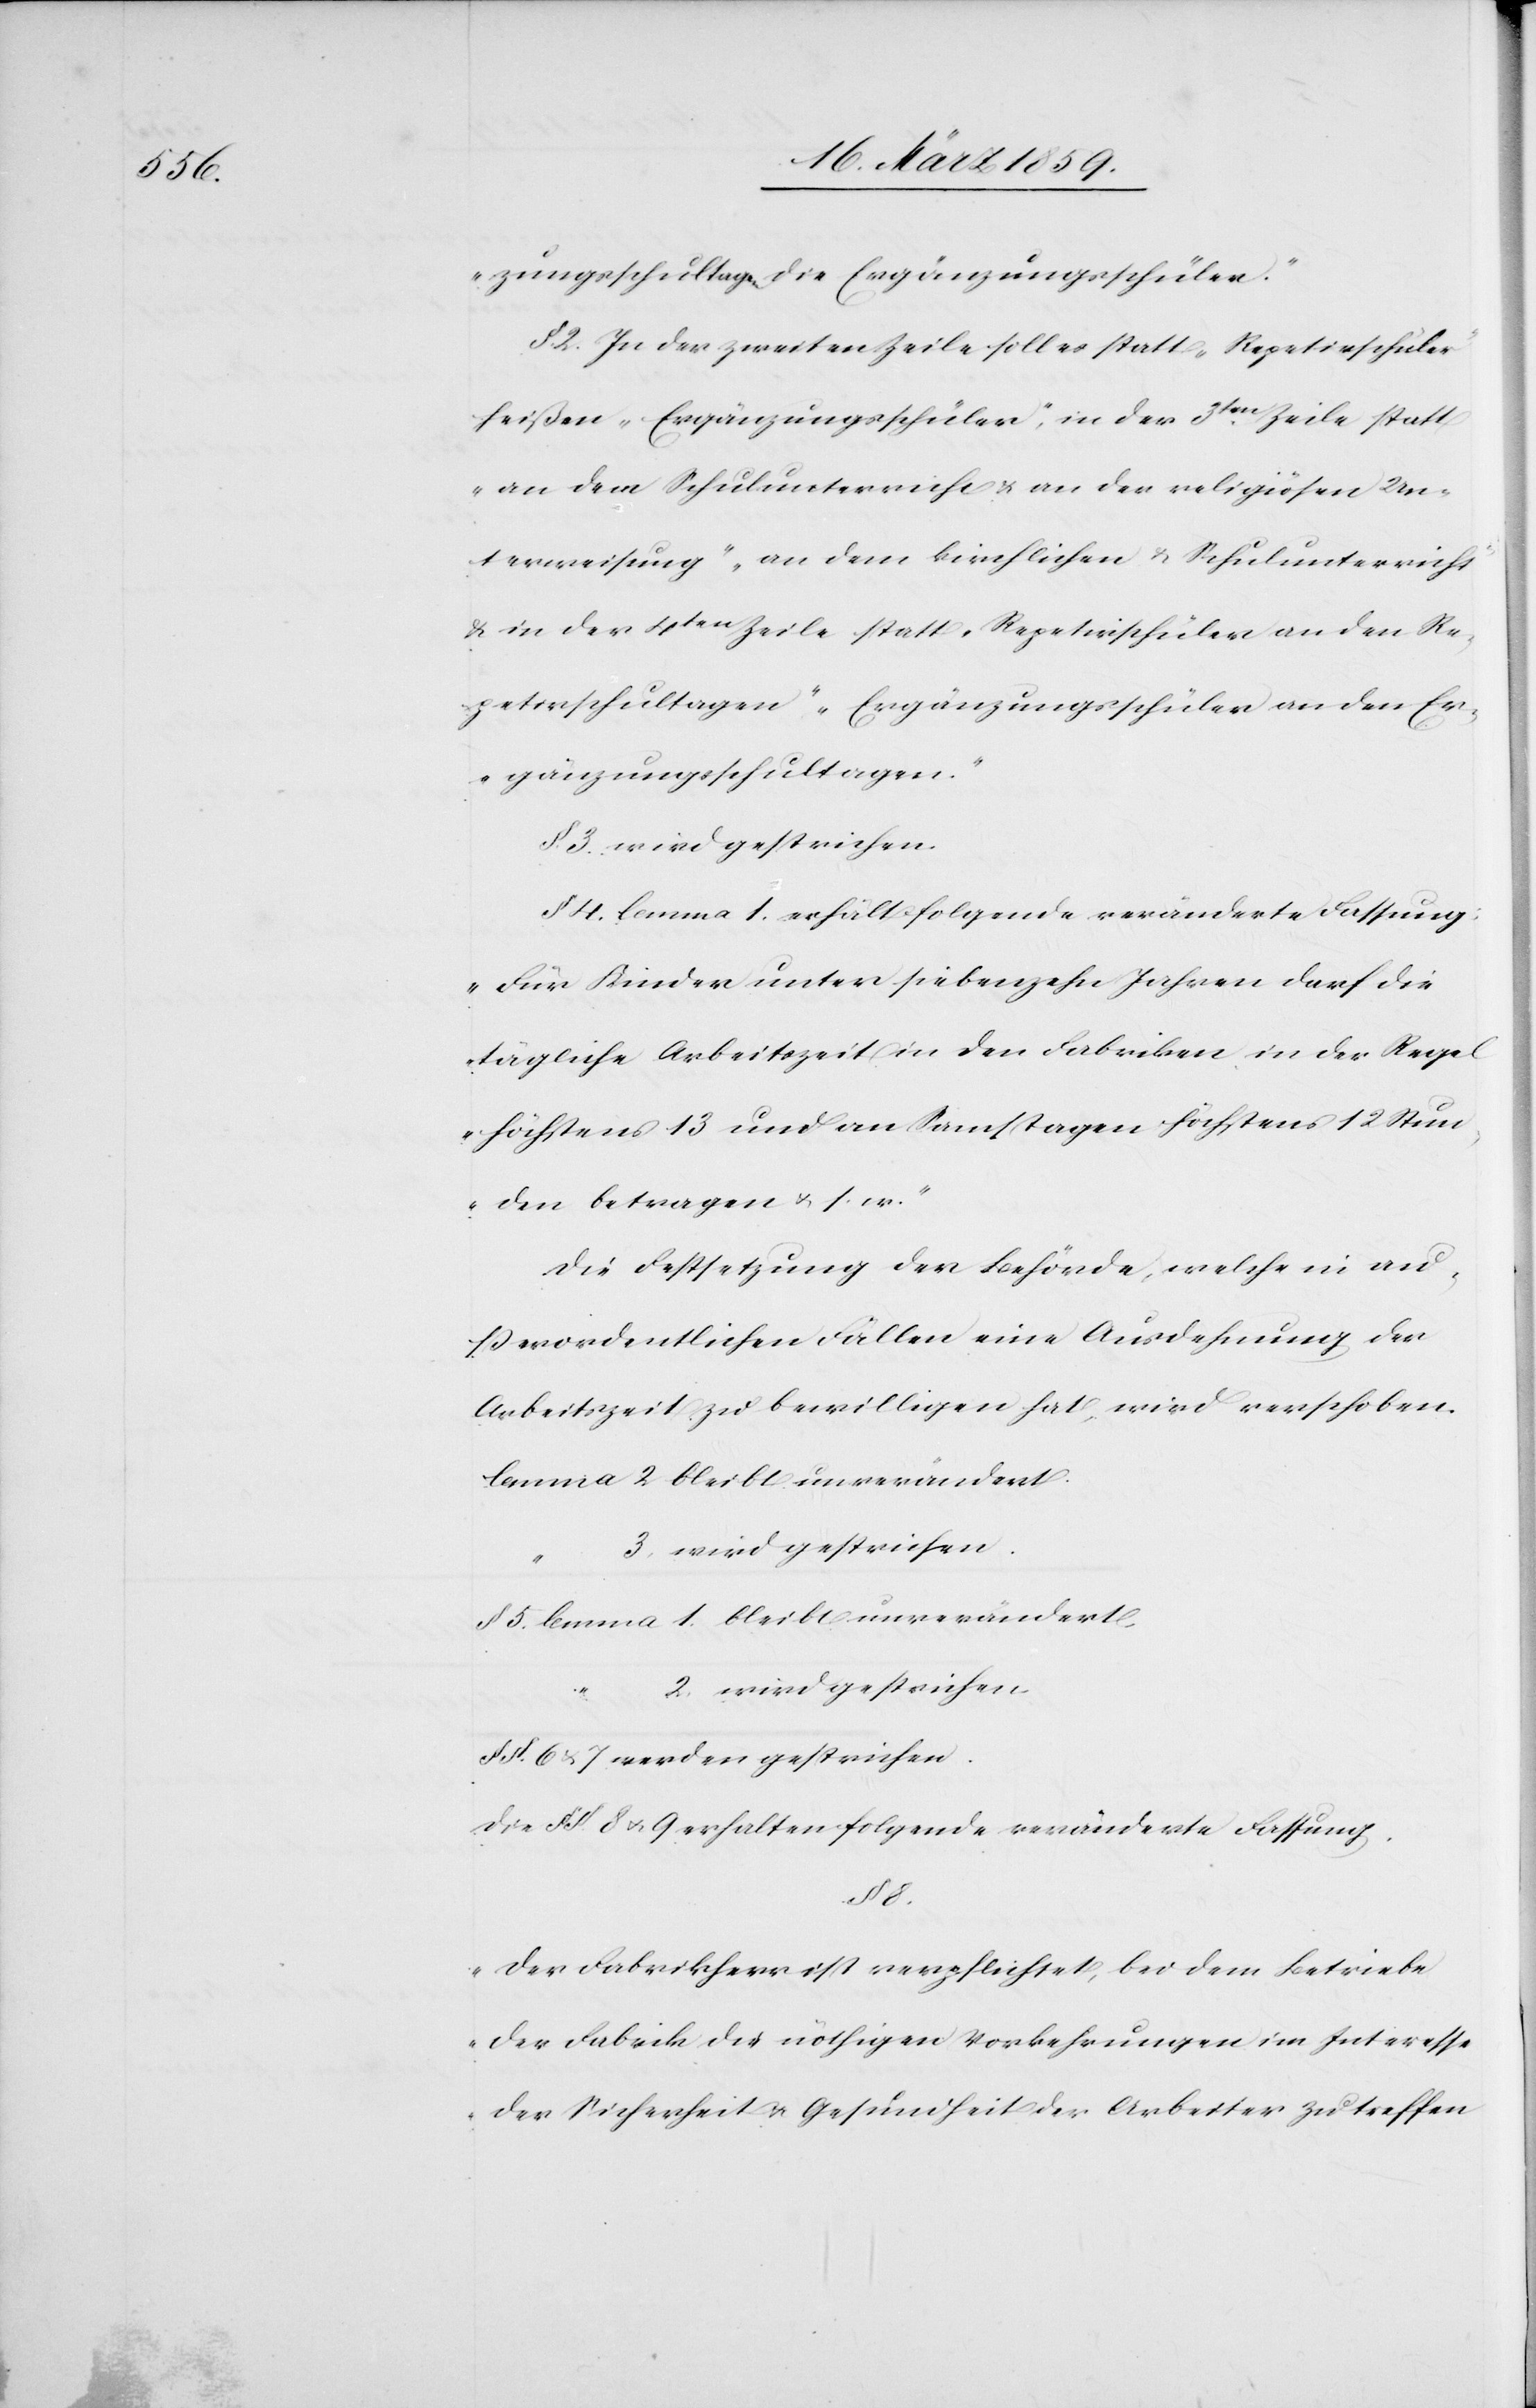
zungsschultagen die Ergänzungsschüler“.
§. 2. In der zweiten Zeile soll es statt „Repetivschüler“
heißen „Ergänzungsschüler“, in der 3ten Zeile statt
„an dem Schulunterricht & an der religiösen Un¬
terweisung“ „an dem kirchlichen & Schulunterricht“
& in der 4ten Zeile statt „Repetivschüler an den Re¬
petivschultagen“ „Ergänzungsschüler an den Er¬
gänzungsschultagen“.
§. 3. wird gestrichen.
§ 4. lemma 1. erhält folgende veränderte Fassung:
„Für Kinder unter siebenzehn Jahren darf die
tägliche Arbeitszeit in den Fabriken in der Regel
höchstens 13 und an Samstagen höchstens 12 Stun¬
den betragen u. s. w.“
Die Festsetzung der Behörde, welche in au¬
ßerordentlichen Fällen eine Ausdehnung der
Arbeitszeit zu bewilligen hat, wird verschoben.
lemma 2 bleibt unverändert.
3. wird gestrichen.
§ 5. lemma 1. bleibt unverändert.
2. wird gestrichen.
§§. 6 u. 7 werden gestrichen.
Die §§ 8 u. 9 erhalten folgende veränderte Fassung.
§ 8.
„Der Fabrikherr ist verpflichtet, bei dem Betriebe
der Fabrik die nöthigen Vorkehrungen im Interesse
der Sicherheit u. Gesundheit der Arbeiter zu treffen